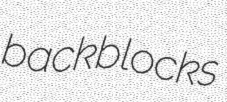
backblocks